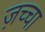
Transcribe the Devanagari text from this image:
ज़च्चा